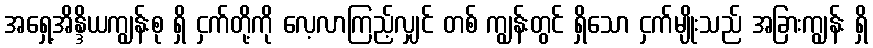
အရှေ့အိန္ဒိယကျွန်းစု ရှိ ငှက်တို့ကို လေ့လာကြည့်လျှင် တစ် ကျွန်းတွင် ရှိသော ငှက်မျိုးသည် အခြားကျွန်း ရှိ